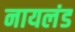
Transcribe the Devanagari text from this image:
नायलंड